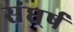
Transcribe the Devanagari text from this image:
संघर्र्ष